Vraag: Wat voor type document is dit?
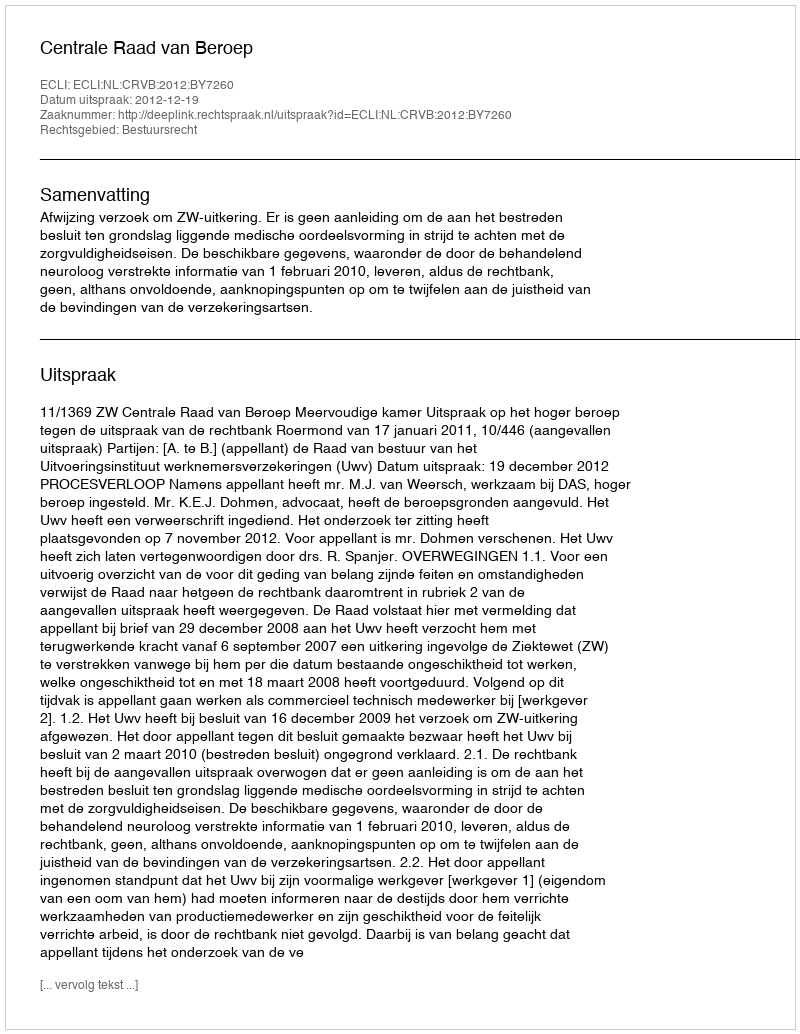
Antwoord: Uitspraak